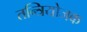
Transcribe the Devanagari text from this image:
तन्त्रियोजक